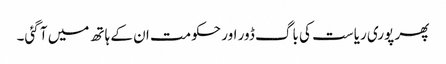
پھر پوری ریاست کی باگ ڈور اور حکومت ان کے ہاتھ میں آ گئی۔